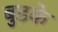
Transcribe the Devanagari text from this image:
बुडके